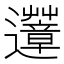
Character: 𨙏